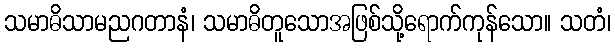
သမာဓိသာမညဂတာနံ၊ သမာဓိတူသောအဖြစ်သို့ရောက်ကုန်သော။ သတံ၊